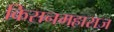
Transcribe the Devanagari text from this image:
किसनमहाराज